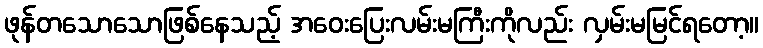
ဖုန်တသောသောဖြစ်နေသည့် အဝေးပြေးလမ်းမကြီးကိုလည်း လှမ်းမမြင်ရတော့။